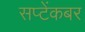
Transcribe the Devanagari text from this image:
सप्टेंकबर